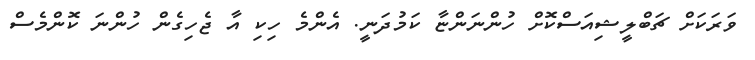
ވަރަކަށް ޗަބްލީޝިއަސްކޮށް ހުންނަންޏާ ކަމުދަނީ. އެންމެ ހިކި އާ ޖެހިގެން ހުންނަ ކޮންމެސް